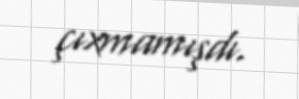
çıxmamışdı.